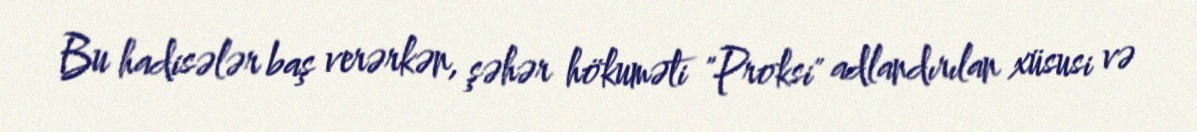
Bu hadisələr baş verərkən, şəhər hökuməti "Proksi" adlandırılan xüsusi və